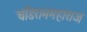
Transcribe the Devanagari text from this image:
चंडिराममहाराज